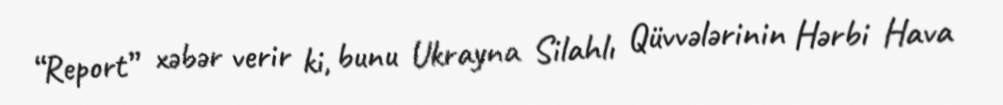
“Report” xəbər verir ki, bunu Ukrayna Silahlı Qüvvələrinin Hərbi Hava